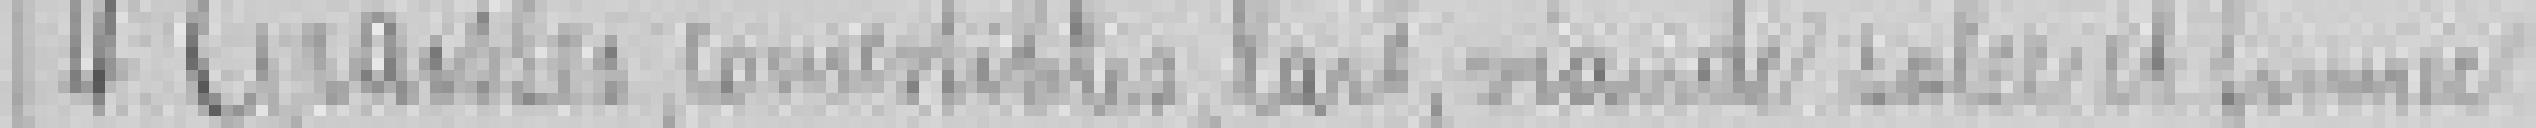
4. Graisses, comestibles, lard, viande salée et fumée